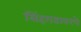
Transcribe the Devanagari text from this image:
सिंहगडावरचे